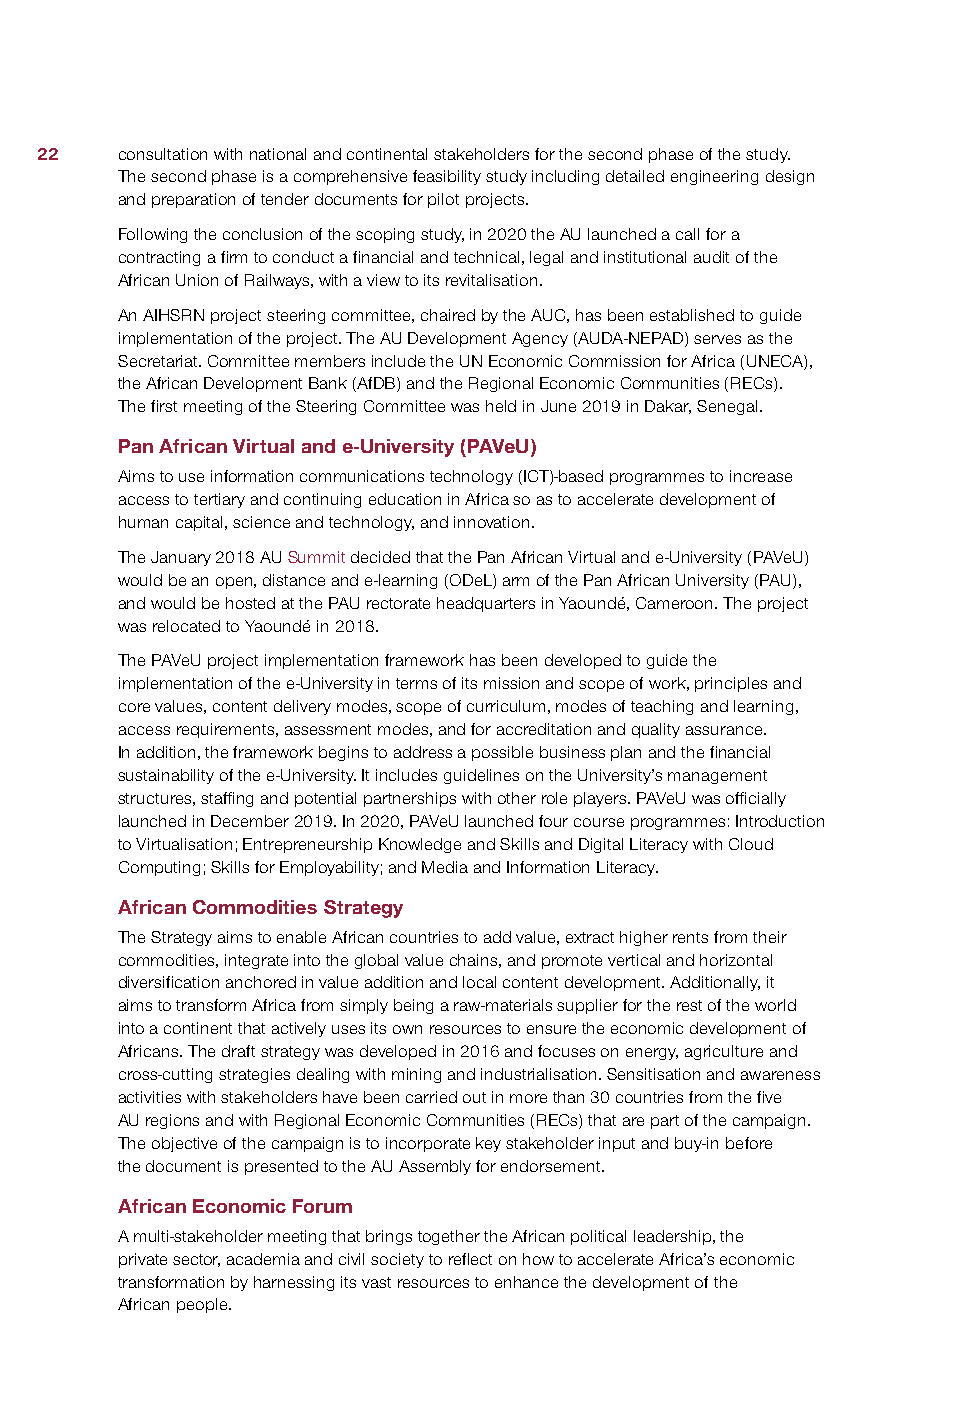
22    consultation with national and continental stakeholders for the second phase of the study.
 The second phase is a comprehensive feasibility study including detailed engineering design
 and preparation of tender documents for pilot projects.
 Following the conclusion of the scoping study, in 2020 the AU launched a call for a
 contracting a firm to conduct a financial and technical, legal and institutional audit of the
 African Union of Railways, with a view to its revitalisation.
 An AIHSRN project steering committee, chaired by the AUC, has been established to guide
 implementation of the project. The AU Development Agency (AUDA-NEPAD) serves as the
 Secretariat. Committee members include the UN Economic Commission for Africa (UNECA),
 the African Development Bank (AfDB) and the Regional Economic Communities (RECs).
 The first meeting of the Steering Committee was held in June 2019 in Dakar, Senegal.
 Pan African Virtual and e-University (PAVeU)
 Aims to use information communications technology (ICT)-based programmes to increase
 access to tertiary and continuing education in Africa so as to accelerate development of
 human capital, science and technology, and innovation.
 The January 2018 AU Summit decided that the Pan African Virtual and e-University (PAVeU)
 would be an open, distance and e-learning (ODeL) arm of the Pan African University (PAU),
 and would be hosted at the PAU rectorate headquarters in Yaoundé, Cameroon. The project
 was relocated to Yaoundé in 2018.
 The PAVeU project implementation framework has been developed to guide the
 implementation of the e-University in terms of its mission and scope of work, principles and
 core values, content delivery modes, scope of curriculum, modes of teaching and learning,
 access requirements, assessment modes, and for accreditation and quality assurance.
 In addition, the framework begins to address a possible business plan and the financial
 sustainability of the e-University. It includes guidelines on the University’s management
 structures, staffing and potential partnerships with other role players. PAVeU was officially
 launched in December 2019. In 2020, PAVeU launched four course programmes: Introduction
 to Virtualisation; Entrepreneurship Knowledge and Skills and Digital Literacy with Cloud
 Computing; Skills for Employability; and Media and Information Literacy.
 African Commodities Strategy
 The Strategy aims to enable African countries to add value, extract higher rents from their
 commodities, integrate into the global value chains, and promote vertical and horizontal
 diversification anchored in value addition and local content development. Additionally, it
 aims to transform Africa from simply being a raw-materials supplier for the rest of the world
 into a continent that actively uses its own resources to ensure the economic development of
 Africans. The draft strategy was developed in 2016 and focuses on energy, agriculture and
 cross-cutting strategies dealing with mining and industrialisation. Sensitisation and awareness
 activities with stakeholders have been carried out in more than 30 countries from the five
 AU regions and with Regional Economic Communities (RECs) that are part of the campaign.
 The objective of the campaign is to incorporate key stakeholder input and buy-in before
 the document is presented to the AU Assembly for endorsement.
 African Economic Forum
 A multi-stakeholder meeting that brings together the African political leadership, the
 private sector, academia and civil society to reflect on how to accelerate Africa’s economic
 transformation by harnessing its vast resources to enhance the development of the
 African people.